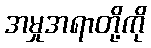
အမှုအရာတို့ကို